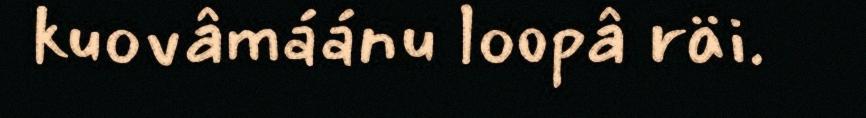
kuovâmáánu loopâ räi.